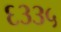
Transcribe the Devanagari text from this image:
६३३५